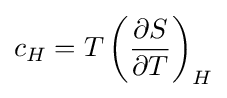
c_{H}=T\left({\frac {\partial S}{\partial T}}\right)_{H}